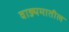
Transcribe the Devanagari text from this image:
वाङ्यमातील